Indian journal of veterinary science and animal husbandry - Volumes 28-29, 1958-1959
Year: 1958
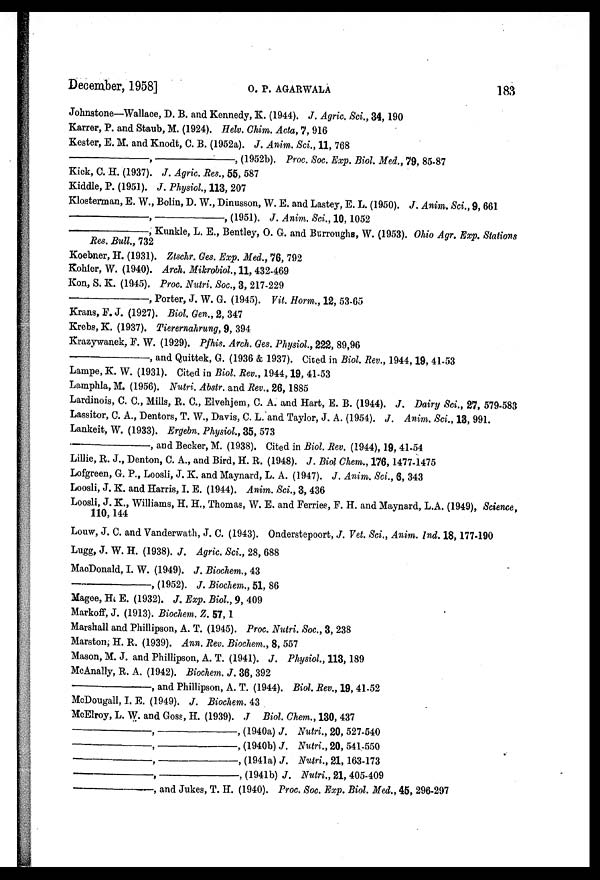
December, 1958]
O.
P.
AGARWALA
183
Johnstone—Wallace, D. B. and Kennedy, K. (1944). J. Agric. Sci., 34, 190
Karrer, P. and Staub, M. (1924). Helv. Chim. Acta, 7, 916
Kester, E. M. and Knodt, C. B. (1952a). J. Anim. Sci., 11, 768
—,—,
(1952b). Proc. Soc. Exp. Biol. Med., 79, 85-87
Kick, C. H. (1937). J. Agric. Res., 55, 587
Kiddle, P. (1951). J. Physiol., 113, 207
Klosterman, E. W., Bolin, D. W., Dinusson, W. E. and Lastey, E. L. (1950). J. Anim. Sci., 9, 661
—,—,
(1951). J. Anim. Sci., 10, 1052
—,
Kunkle, L. E., Bentley, O. G. and Burroughs, W. (1953). Ohio Agr. Exp. Stations
Res. Bull., 732
Koebner, H. (1931). Ztschr. Ges. Exp. Med., 76, 792
Kohler, W. (1940). Arch. Mikrobiol., 11, 432-469
Kon, S. K. (1945). Proc. Nutri. Soc., 3, 217-229
—,
Porter, J. W. G. (1945). Vit. Horm., 12, 53-65
Krans, F. J. (1927). Biol. Gen., 2, 347
Krebs, K. (1937). Tieremahrung, 9, 394
Krazywanek, F. W. (1929). Pfhis. Arch. Ges. Physiol., 222, 89,96
—,
and Quittek, G. (1936 & 1937). Cited in Biol. Rev., 1944, 19, 41-53
Lampe, K. W. (1931). Cited in Biol. Rev., 1944, 19, 41-53
Lamphla, M. (1956). Nutri. Abstr. and Rev., 26, 1885
Lardinois, C. C., Mills, R. C., Elvehjem, C. A. and Hart, E. B. (1944). J. Dairy Sci., 27, 579-583
Lassitor, C. A., Dentors, T. W., Davis, C. L. and Taylor, J. A. (1954). J. Anim. Sci., 13, 991.
Lankeit, W. (1933). Ergebn. Physiol., 35, 573
—,
and Becker, M. (1938). Cited in Biol. Rev. (1944), 19, 41-54
Lillie, R. J., Denton, C. A., and Bird, H. R. (1948). J. Biol Chem., 176, 1477-1475
Lofgreen, G. P., Loosli, J. K. and Maynard, L. A. (1947). J. Anim. Sci., 6, 343
Loosli, J. K. and Harris, I. E. (1944). Anim. Sci., 3, 436
Loosli, J. K., Williams, H. H., Thomas, W. E. and Ferries, F. H. and Maynard, L.A. (1949), Science,
110, 144
Louw, J. C. and Vanderwath, J. C. (1943). Onderstepoort, J. Vet. Sci., Anim. Ind. 18, 177-190
Lugg, J. W. H. (1938). J. Agric. Sci., 28, 688
MacDonald, I. W. (1949). J. Biochem., 43
—,
(1952). J. Biochem., 51, 86
Magee, H. E. (1932). J. Exp. Biol., 9, 409
Markoff, J. (1913). Biochem. Z. 57, 1
Marshall and Phillipson, A. T. (1945). Proc. Nutri. Soc., 3, 238
Marston, H. R. (1939). Ann. Rev. Biochem., 8, 557
Mason, M. J. and Phillipson, A. T. (1941). J. Physiol., 113, 189
McAnally, R. A. (1942). Biochem. J. 36, 392
—,
and Phillipson, A. T. (1944). Biol. Rev., 19, 41-52
McDougall, I. E. (1949). J. Biochem. 43
McElroy, L. W. and Goss, H. (1939). J Biol. Chem., 130, 437
—,—,
(1940a) J. Nutri., 20, 527-540
—,—,
(1940b) J. Nutri., 20, 541-550
—,—,
(1941a) J. Nutri., 21, 163-173
—,—,
(1941b) J. Nutri., 21, 405-409
—,
and Jukes, T. H. (1940). Proc. Soc. Exp. Biol. Med., 45, 296-297